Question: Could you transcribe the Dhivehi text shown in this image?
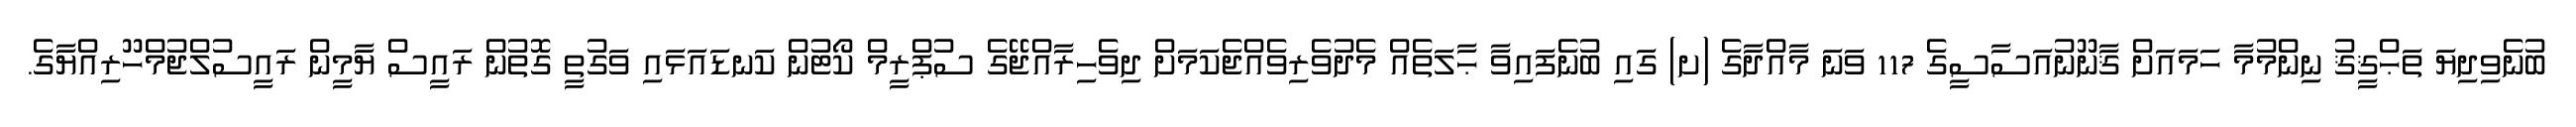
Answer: ބުނެވިދިޔަ ތަޙްޤީޤު ނިންމުމާ ހަމައަށް ޤާނޫނުއަސާސީގެ 117 ވަނަ މާއްދާގެ (ށ) ގައި ބުނެފައިވާ ޙާލަތެއް މެދުވެރިވެއްޖެކަމަށް ދިވެހިރާއްޖޭގެ ސުޕްރީމް ކޯޓުން ކަނޑައަޅައި ވަގުތީ ގޮތުން ރައީސް ޔާމީން ރައީސުލްޖުމްހޫރިއްޔާގެ.